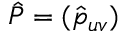
\hat { P } = ( \hat { p } _ { u v } )